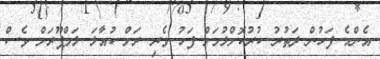
އެންމެ ފަހުން ދަތުރު ކުރުކޮށްލުމަށް ފަހު ވެރި ރަށް ކުއާލަ ލަމްޕޫރަށް ވެސް